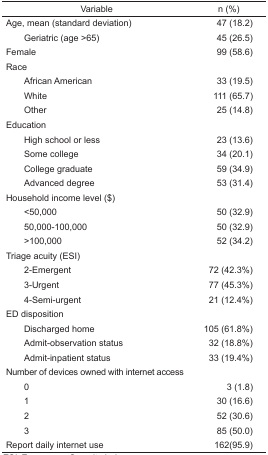
| Variable | n (%) |
 | --- | --- |
 | Age, mean (standard deviation) | 47 (18.2) |
 | Geriatric (age >65) | 45 (26.5) |
 | Female | 99 (58.6) |
 | <COLSPAN=2> Race |
 | African American | 33 (19.5) |
 | White | 111 (65.7) |
 | Other | 25 (14.8) |
 | <COLSPAN=2> Education |
 | High school or less | 23 (13.6) |
 | Some college | 34 (20.1) |
 | College graduate | 59 (34.9) |
 | Advanced degree | 53 (31.4) |
 | <COLSPAN=2> Household income level ($) |
 | <50,000 | 50 (32.9) |
 | 50,000–100,000 | 50 (32.9) |
 | >100,000 | 52 (34.2) |
 | <COLSPAN=2> Triage acuity (ESI) |
 | 2-Emergent | 72 (42.3%) |
 | 3-Urgent | 77 (45.3%) |
 | 4-Semi-urgent | 21 (12.4%) |
 | <COLSPAN=2> ED disposition |
 | Discharged home | 105 (61.8%) |
 | Admit-observation status | 32 (18.8%) |
 | Admit-inpatient status | 33 (19.4%) |
 | <COLSPAN=2> Number of devices owned with internet access |
 | 0 | 3 (1.8) |
 | 1 | 30 (16.6) |
 | 2 | 52 (30.6) |
 | 3 | 85 (50.0) |
 | Report daily internet use | 162(95.9) |